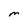
Character: M